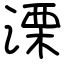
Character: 溧